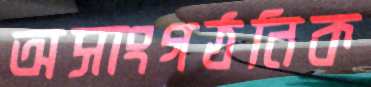
অসাংগঠনিক